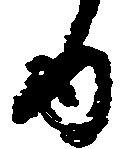
ゆ